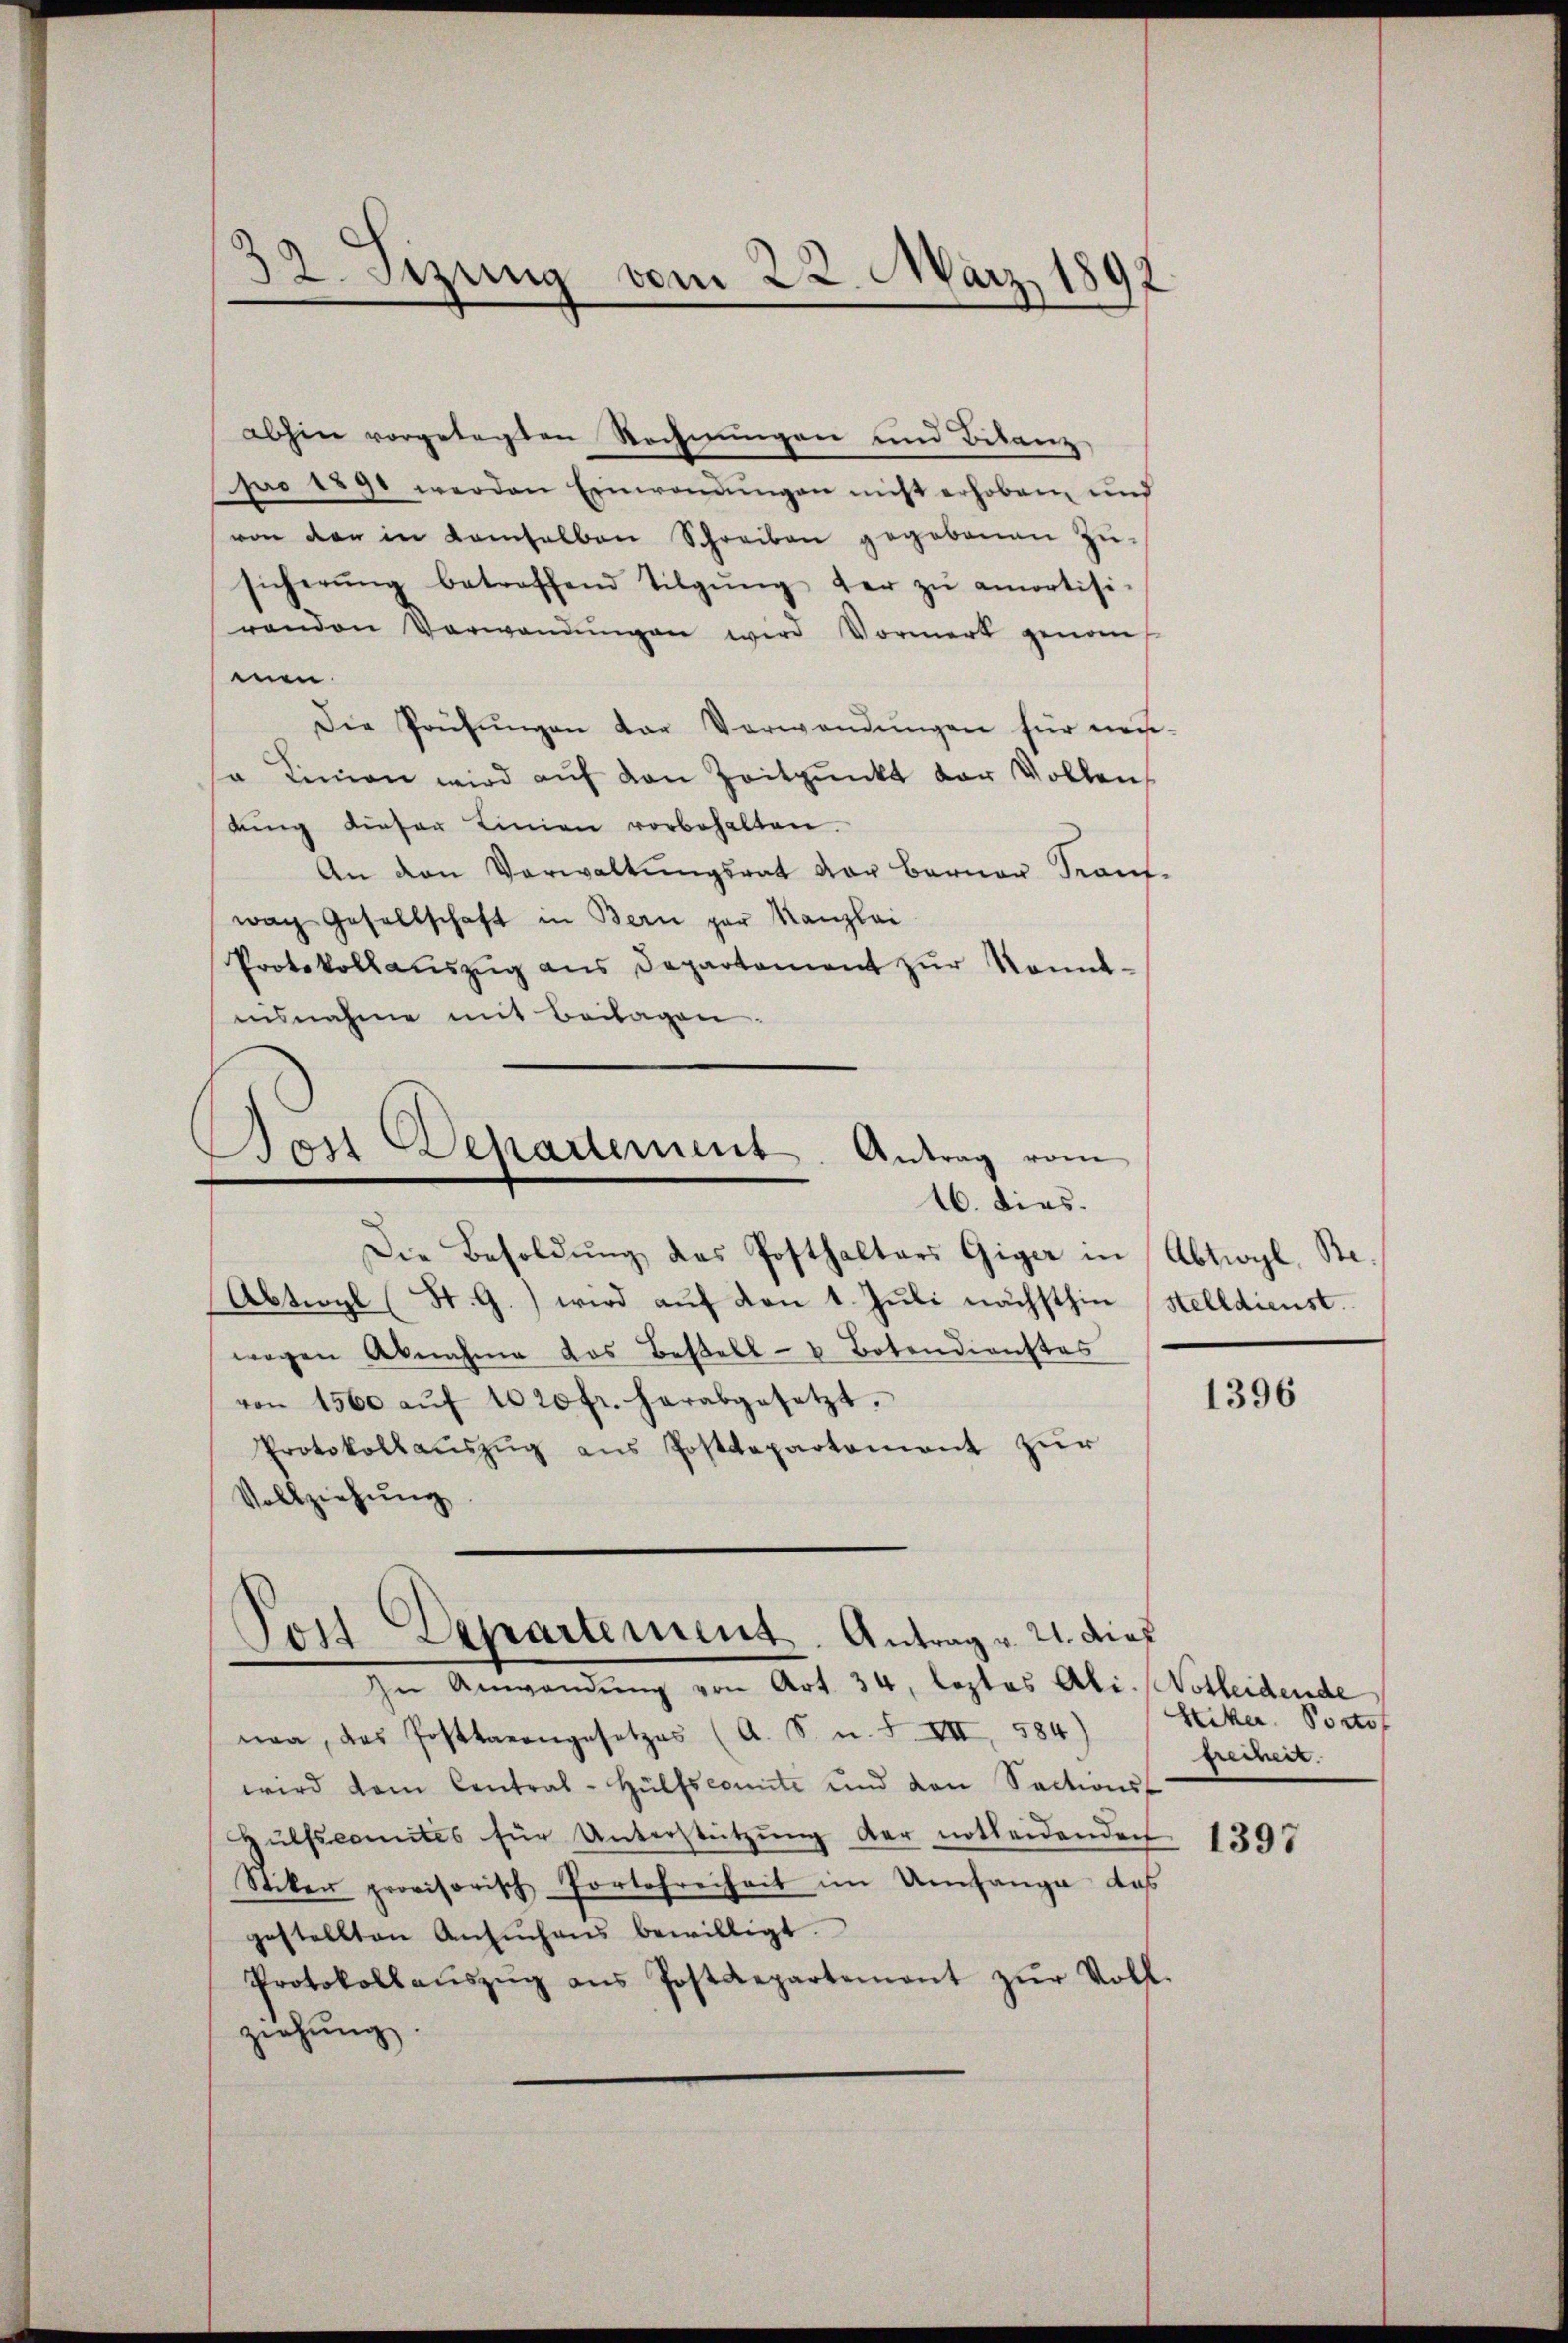
2. Sizung vom 22. März 1892

abhin vorgetagten Rechnungen und Bilanz
pro 1890 werden Einwendungen nicht erhoben und
von der in Kamselben Schreiben gegebenen Zŭ-
sicherŭng betreffend Tilgŭng der zŭ amortisi-
renden Verwendŭngen wird Vormerk genom
men.
Die Prüfŭngen der Verwendŭngen für neu-
sa Linien wird aŭf den Zeitpunkt der Vollen,
dung dieser Linien vorbehalten.
An den Verwaltungsrat vor Berner Kauf-
wach Gesellschaft in Bern par Kanzlei
Protokollaŭszŭg ans Departament zŭr konnt-
ausnahme mit Beilagen
¬
Bon Departement. Antrag vom
16. dies.
Die Besoldung des Posthalters Giger in Abtigl. Re¬
Abtiogl (St. G.) wird auf von 1. Juli nächsthin, Stelldienst.
wegen Abnahme das Bestell- u Botendienstes
von 1500 aŭf 1020 fr. herabgesetzt.
Protokollaŭszŭg ans Postdepartement zur
Vollziehung

na, das Posttarengesetzes (A. S. n. F. VII, 584)
wird dem Central-Hülfscomite und von Sections-
Hülfscomites für Unterstützŭng der notheidenden
Stiker provisorisch Portofreiheit im Umfange das
gestellten Ansŭchens bewilligt.
Protokollaŭszŭg ans Postdepartement zŭr Voll-
ziehung.

Post Departement. Antrag v. 2. dies
Zu Anwendung von Art. 34, legtes Abs. 1. Vorleidente

1396

Hiker Portof
freiheit.

1397